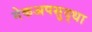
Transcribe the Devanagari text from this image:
मेकअपसुद्धा